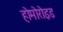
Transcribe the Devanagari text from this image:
होमोरोइड